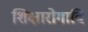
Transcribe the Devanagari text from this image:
शिक्षारोगादि